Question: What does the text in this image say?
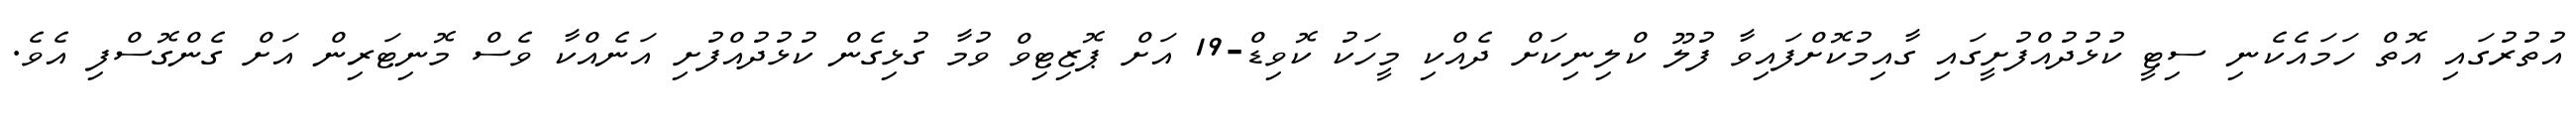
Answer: އުތުރުގައި އޮތް ހަމައެކެނި ސިޓީ ކުޅުދުއްފުށީގައި ގާއިމުކޮށްފައިވާ ފުލޫ ކްލިނިކަށް ދެއްކި މީހަކު ކޮވިޑް-19 އަށް ޕޮޒިޓިވް ވުމާ ގުޅިގެން ކުޅުދުއްފުށި އަނެއްކާ ވެސް މޮނިޓަރިން އަށް ގެންގޮސްފި އެވެ.